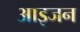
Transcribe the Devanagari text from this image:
आइजन